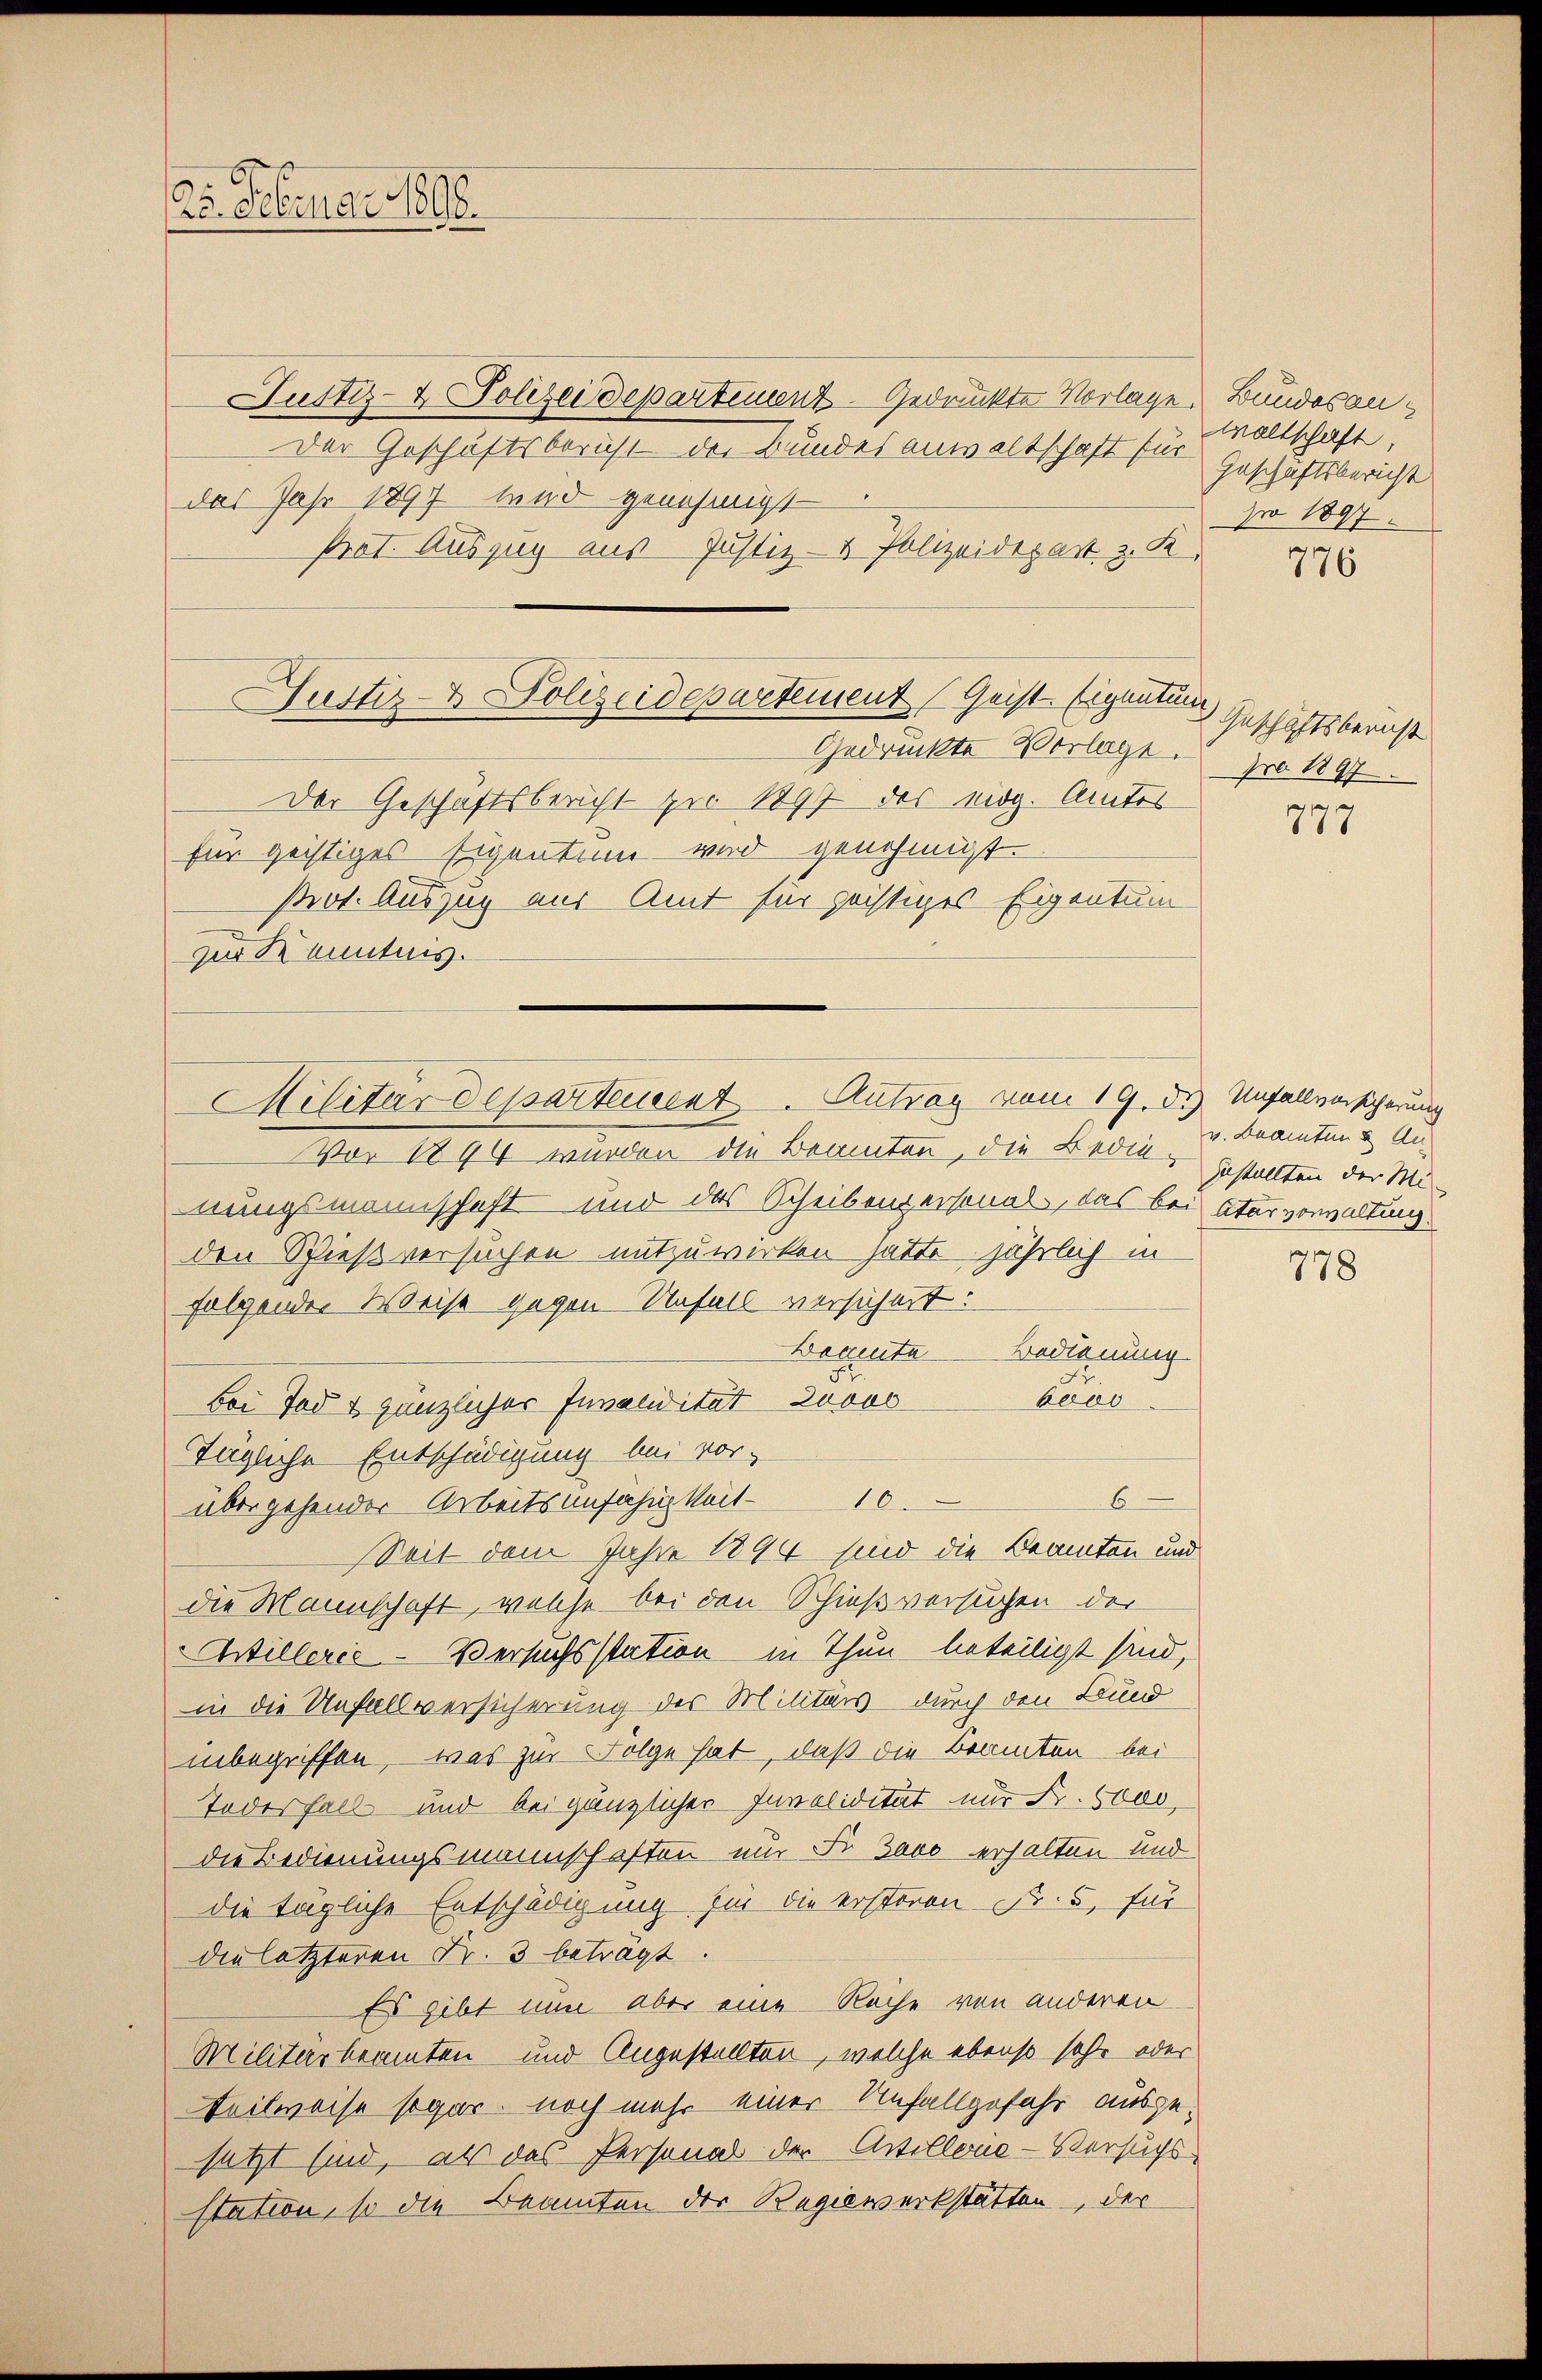
25. Februar 1808.

Justiz- & Polizeidepartement Geist Eigentum
Gedruckte Vorlage pro 1897
Der Geschaftsbericht zu 1897 des eidg. Amtes

Justiz- & Polizeidepartement gedruckte Vorlage. Bundesan¬
Der Geschäftsbericht des Bundesanwaltschaft für
das Jahr 1897 und genehmigt
Prat. Auszug aus Justiz- & Polizeidepart z. K

für geistiges Eigentum wird genehmigt.
zur Kenntnis.

Prot. Auszug aus Amt für geistiges Eigentum

Militärdepartement. Antrag vom 19. di Unfallversicherung

Vor 1894 wurden die Beamten, die Bedie Gestalten der Minungsmannschaft und das Scheibenpersonal, das bei Atarverwaltung
den Spießversuchen mitzuwirken hätte jährlich in
folgender Weise gegen Unfall versichert:
Beamte Bedienung
F
beos
Bei Tod t gänzlicher Junacidität Looos
Tägliche Entschädigung bei vor-
6
übergehender Arbeitsunfähigkeit 10.
Zeit dem Jahre 1894 sind die Beamten und
die Mannschaft, welche bei den Schießversuchen der
Artillerić - Versuchsstation in Thun beteiligt sind,
in die Unfallversicherung des Militärs durch den Bund
inbegriffen, was zur Folge hat, daß die Beamten bei
Todesfall und bei gänzlicher Invalidität nur Fr. 5000,
die Bedienungsmannschaften nur Fr. Jaco erhalten und
die tägliche Entschädigung für die ersteren d. 5, für
die letzteren Fr. 3 beträgt.
Es gibt nun aber eine Reihe von anderen
Militärbeamten und Angestellten, welche ebenso sehr oder
teilweise sogar noch mehr einer Unfallgefahr ausgesetzt sind, als das Personal der Artillone-Versuchs
station, so die Beamten der Regiewerkstätten, der

waltschaft,
Geschäftsbericht
pro 1897

776

Geschäftsbericht
777

v. Beamten & An¬

778